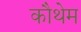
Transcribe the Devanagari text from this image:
कौथेम